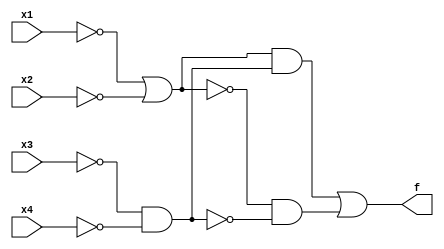
module q4(x1, x2, x3, x4, f);
input x1, x2, x3, x4;
output f;
not(nx1, x1);
not(nx2, x2);
not(nx3, x3);
not(nx4, x4);
and(g, nx3, nx4);
or(h, nx1, nx2);
not(ng, g);
not(nh, h);
and(f1, h, g);
and(f2, nh, ng);
or(f, f1, f2);
endmodule